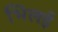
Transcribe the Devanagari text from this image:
भिलई